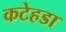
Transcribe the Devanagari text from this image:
कटेहडा